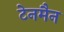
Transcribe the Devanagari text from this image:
टेनमैन